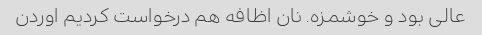
عالی بود و خوشمزه. نان اظافه هم درخواست کردیم اوردن